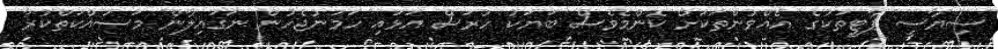
ސިޔާސީ ޕާޓީތަކުގެ އެއްވުންތަކަށް ކޮންމެވެސް ބަޔަކު ހުރަސް އަޅައި ހަމަނުޖެހުން ނަގައިލާން މަސައްކަތްކުރާ